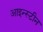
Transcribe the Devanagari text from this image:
आइन्‍स्‍टीन